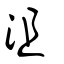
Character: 沮